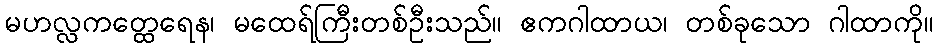
မဟလ္လကတ္ထေရေန၊ မထေရ်ကြီးတစ်ဦးသည်။ ဧကဂါထာယ၊ တစ်ခုသော ဂါထာကို။